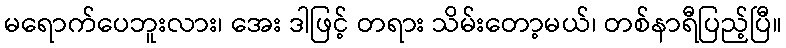
မရောက်ပေဘူးလား၊ အေး ဒါဖြင့် တရား သိမ်းတော့မယ်၊ တစ်နာရီပြည့်ပြီ။